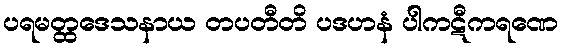
ပရမတ္ထဒေသနာယ တပတီတိ ပဒဟနံ ပါကဋီကရဏေ